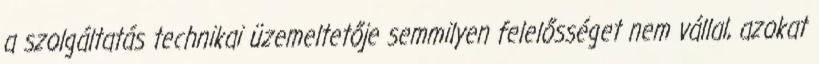
a szolgáltatás technikai üzemeltetője semmilyen felelősséget nem vállal, azokat